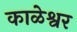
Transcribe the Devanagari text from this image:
काळेश्वर